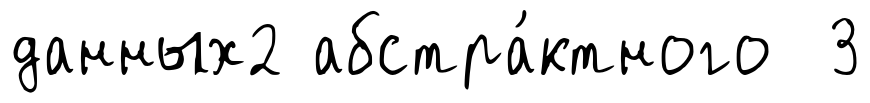
данных2 абстра́ктного 3